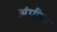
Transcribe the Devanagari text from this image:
अंपीयर